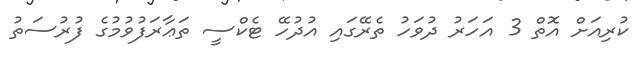
ކުރިއަށް އޮތް 3 އަހަރު ދުވަހު ތެރޭގައި އުދުހޭ ޓެކްސީ ތަޢާރަފުވުމުގެ ފުރުސަތު